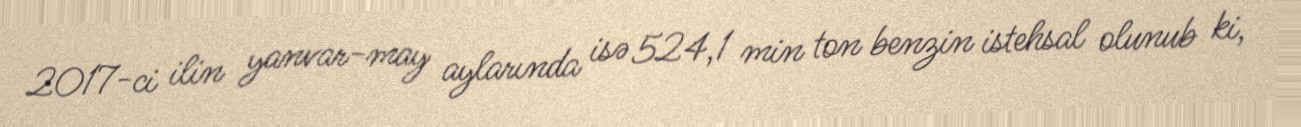
2017-ci ilin yanvar-may aylarında isə 524,1 min ton benzin istehsal olunub ki,